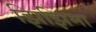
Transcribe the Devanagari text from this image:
झिझिमा